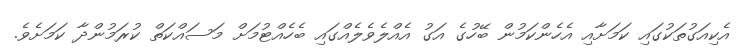
އެކިއަގުތަކުގައި ކަމަށާއި އެެހެންކަމުން ބޭހުގެ އަގު އެއްލެވެލެއްގައި ބެހެއްޓުމަށް މަސައްކަތް ކުރަމުންދާ ކަމަށެވެ.